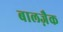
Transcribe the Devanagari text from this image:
बालज़ैक